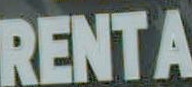
RENTA